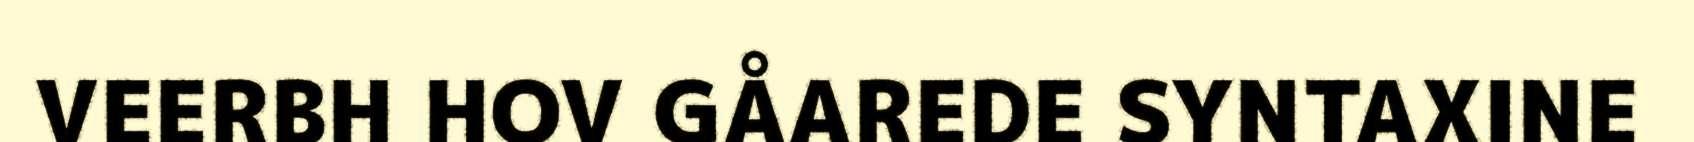
VEERBH HOV GÅAREDE SYNTAXINE